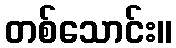
တစ်သောင်း။